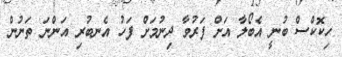
ހިކޮކްސް ބުނީ އެބޯލާ އަށް ފަރުވާ ދިނުމަށް ފަހު އެނބުރި އަންނަ ތަނުން